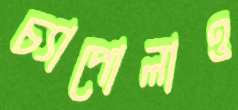
চ্যাপোলাও